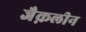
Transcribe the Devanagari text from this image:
जैक़लीन